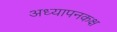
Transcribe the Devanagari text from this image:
अध्यापनकक्ष